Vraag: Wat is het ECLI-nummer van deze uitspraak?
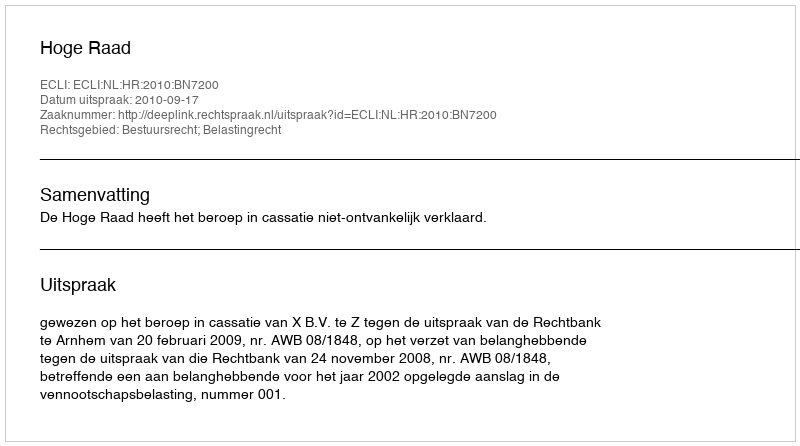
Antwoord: ECLI:NL:HR:2010:BN7200